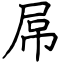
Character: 屌